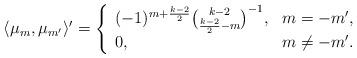
LaTeX: \begin{align*}\langle\mu_m,\mu_{m'}\rangle'=\left\{\begin{array}{ll}(-1)^{m+\frac{k-2}{2}}\binom{k-2}{\frac{k-2}{2}-m}^{-1},&m=-m',\\0,&m\neq-m'.\end{array}\right.\end{align*}